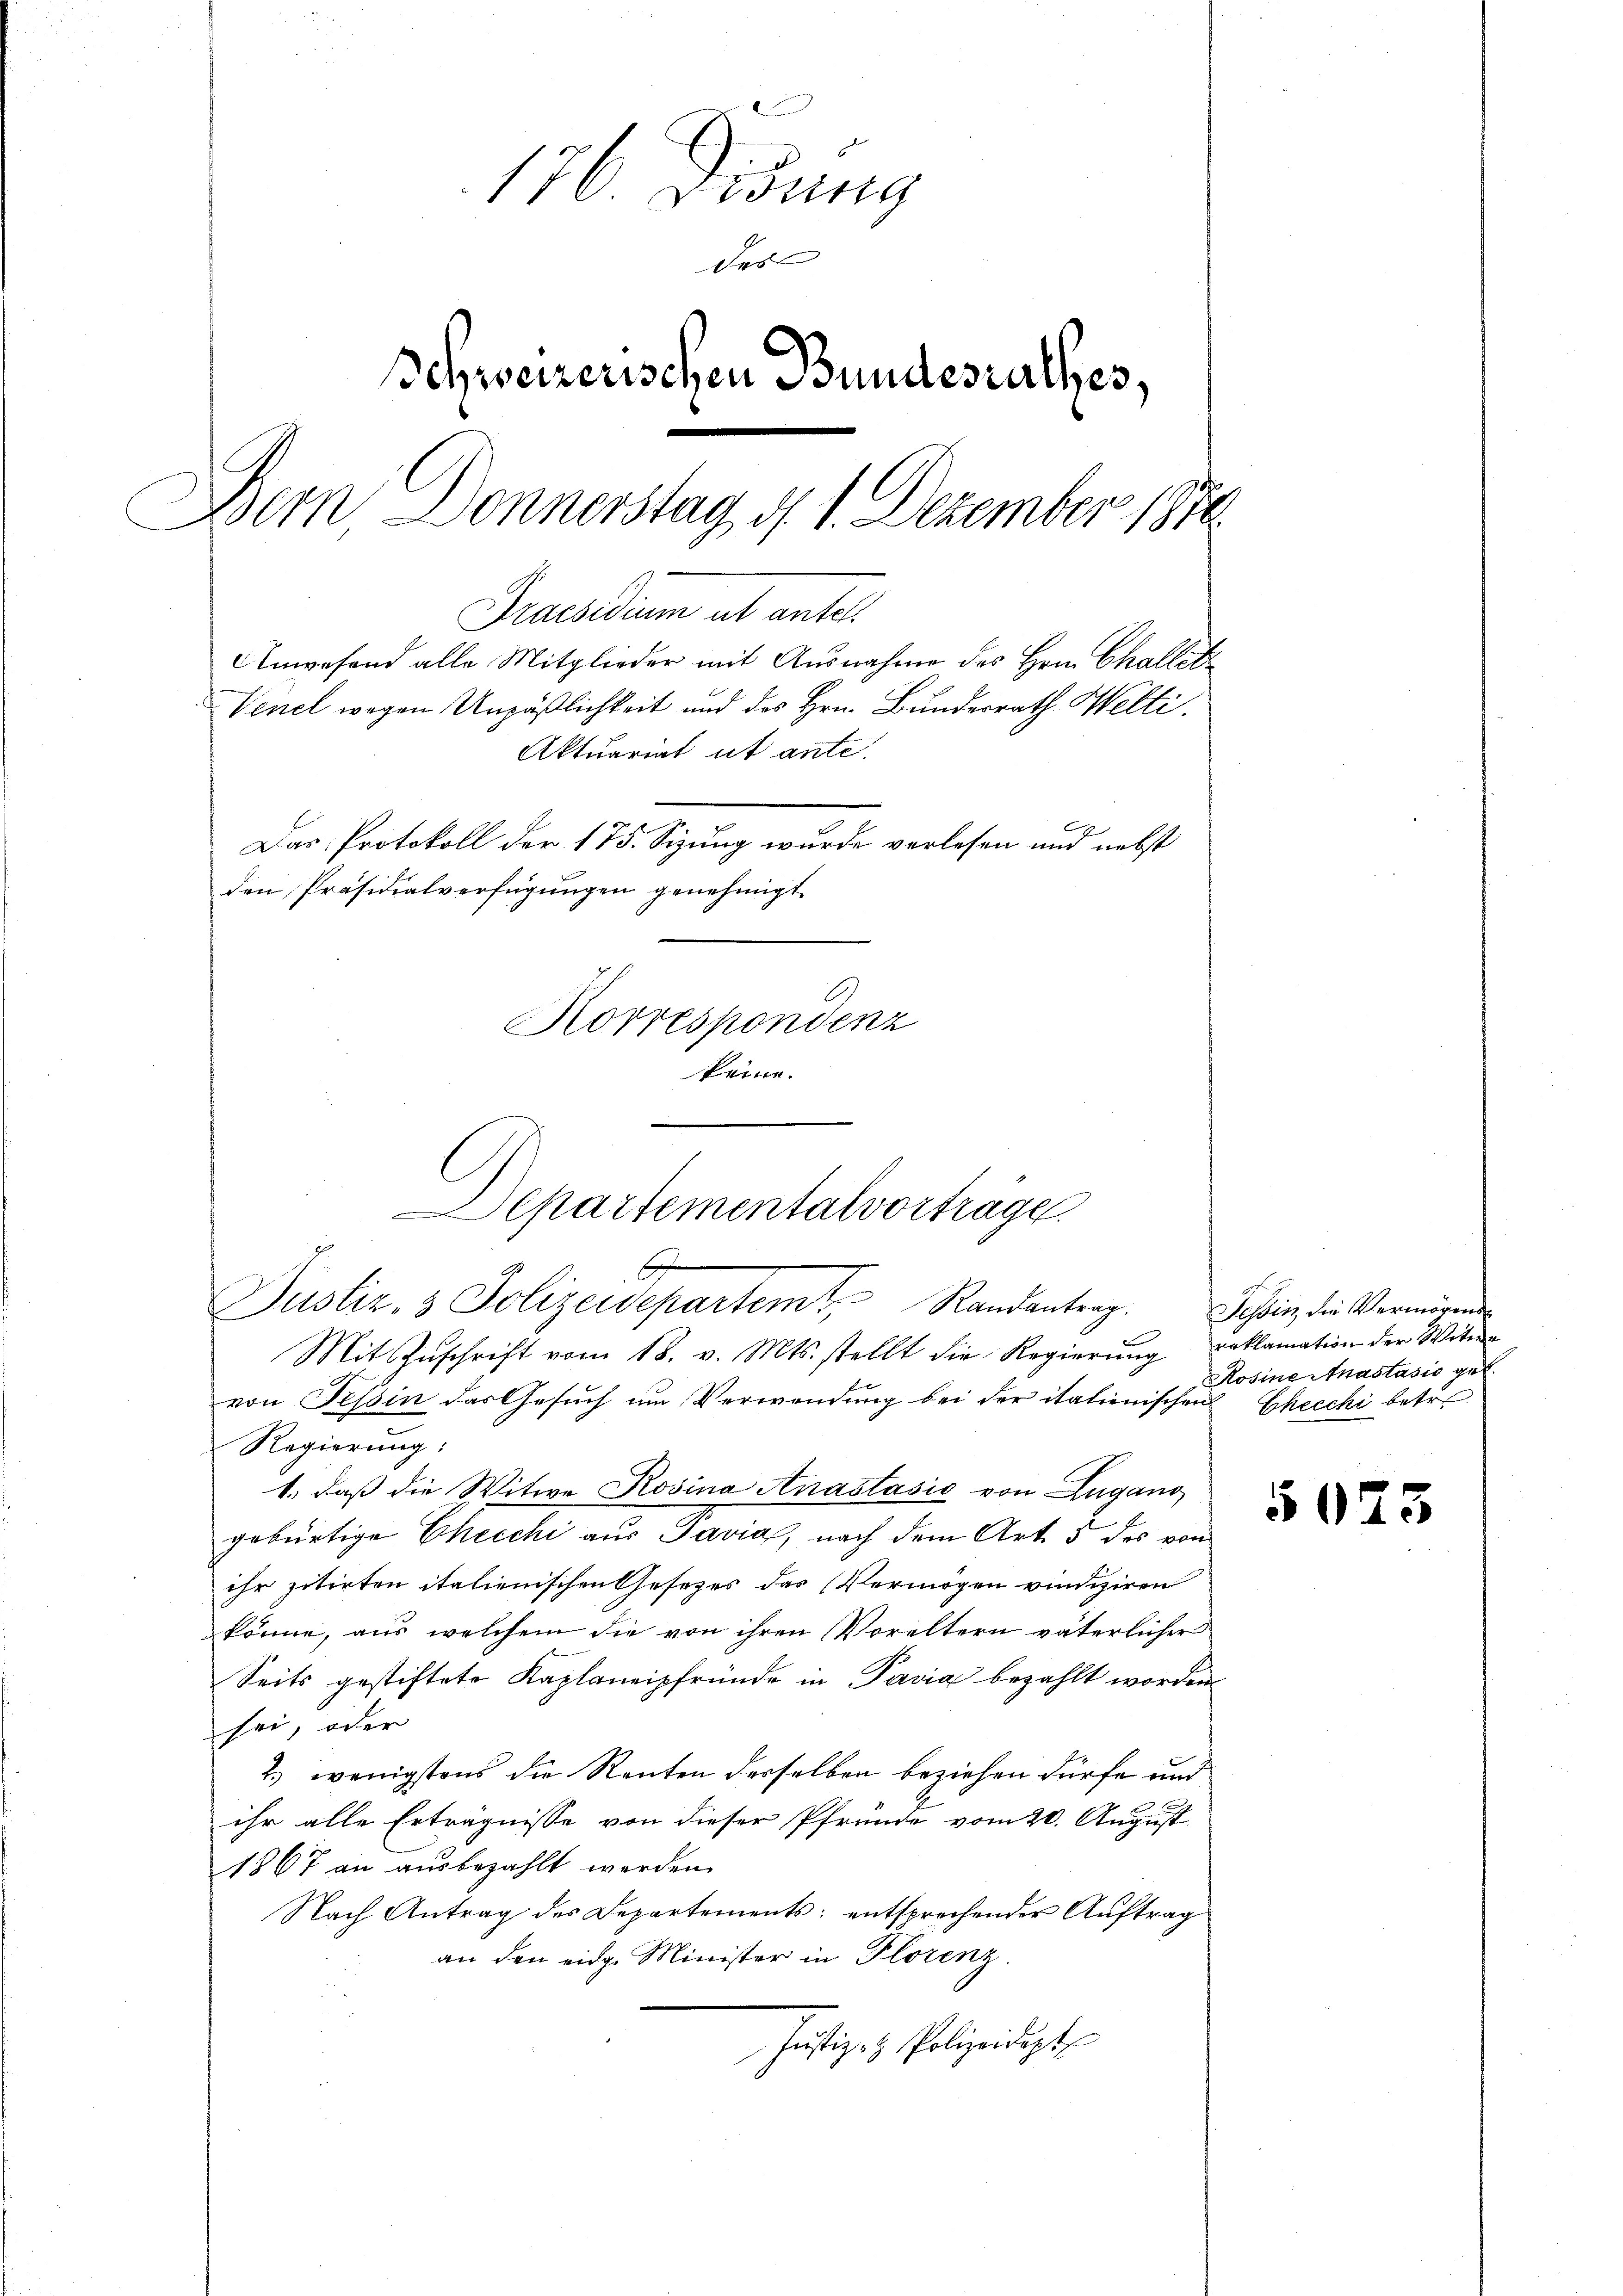
176 Didung
des
Schweizerischen Bundesrathes,
Dem Donnerstag d. 1. Dezember 1870
Praesidium ut antel.
Anwesend alle Mitglieder mit Ausnahme des Hrn. Challit
Venel wegen Unpäßlichkeit und des Hrn. Bunderrath Welti.
Aktuariat ut ante.
Das Protokoll der 175. Sizung wurde verlesen und nebst
den Präsidialverfügŭngen genehmigt.
Korrespondenz
keine.

Departementalvorträge
9
Justiz- & Polizeidepartemt, Randantrag.

Mit Zŭschrift vom 18. v. Mts. stellt die Regierŭng reklamation der Witwe
von Tessin das Gesuch um Verwendung bei der italienischen Checchi betre¬
Regierung:
1. daß die Witwe Rosina Anastasio von Zugano
gebürtige Checchi aus Javia, nach dem Art. 5 des von
ihr zitirten italienischen Gesetzes das Vermögen vindiziren
könne, aus welchem die von ihren Voreltern väterlicher
Seits gestiftete Kaplaneipfründe in Pavia bezahlt worden
sei, oder
2) wenigstens die Renten derselben beziehen dürfe und
ihr alle Erträgnisse von dieser Pfründe vom 20. August
1867 an ausbezahlt werden.
Nach Antrag des Departements; entsprechender Auftrag
an den eidg. Minister in Florenz.
Jŭstiz- & Polizeidept

Tessin, die Vermögens
Rosine Anastasio geb.

5073